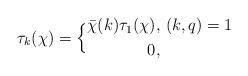
LaTeX: \begin{align*}\tau_k(\chi)=\Big\{\begin{aligned} \bar{\chi}(k)\tau_1(\chi),&\ (k,q)=1\\ 0,&\,\\\end{aligned}\end{align*}